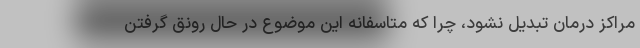
مراکز درمان تبدیل نشود، چرا که متاسفانه این موضوع در حال رونق گرفتن